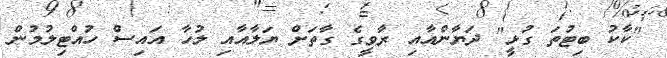
"ކާކު ބިޓުތަ ގުޅީ" ދަޔާންއާއި ރާވީގެ ގާތަށް ޔަލާއާއި ލުހާ އައިސް ހުއްޓިލުމުން